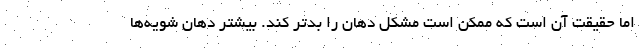
اما حقیقت آن است که ممکن است مشکل دهان را بدتر کند. بیشتر دهان شویه‌ها